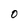
Character: 0